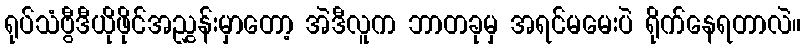
ရုပ်သံဗွီဒီယိုဖိုင်အညွှန်းမှာတော့ အဲဒီလူက ဘာတခုမှ အရင်မမေးပဲ ရိုက်နေရတာလဲ။